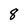
Character: 8